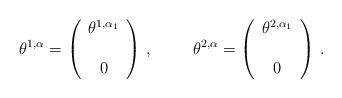
LaTeX: \begin{align*}\theta^{1,\alpha}=\left(\begin{array}{c}\theta^{1,\alpha_{1}} \\\\0 \\\end{array}\right)\, , \hspace{1cm}\theta^{2,\alpha}=\left(\begin{array}{c}\theta^{2,\alpha_{1}} \\\\0 \\\end{array}\right)\, .\end{align*}